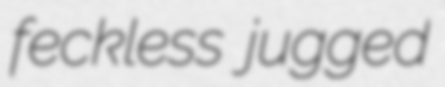
feckless jugged